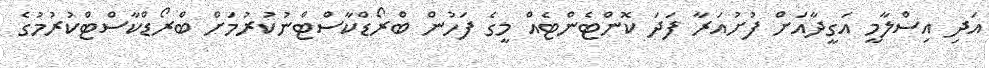
އަދި އިސްލާމީ އަގީދާއަށް ފުށުއަރާ ފަދަ ކޮންޓެންޓެއް މީގެ ފަހުން ބްރޯޑްކާސްޓްނުކުރުމަށް ބްރޯޑްކާސްޓްކުރުމުގެ